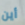
أين